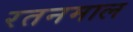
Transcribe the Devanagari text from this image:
रतनमाल